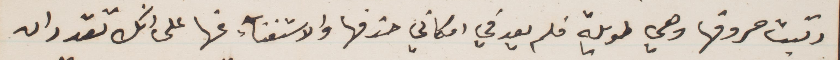
رتبت حروفها وهي طويلة فلم يعد في امكاني حذفها والاستغناء عنها على انك تقدر ان